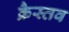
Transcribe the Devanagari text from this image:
क्रैस्तव